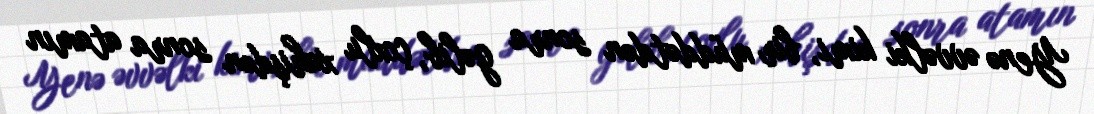
Yenə əvvəlki kimi, bir müddətdən sonra gəlib, çoxlu xahişdən sonra atamın